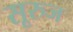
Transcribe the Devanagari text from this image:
सूरुज